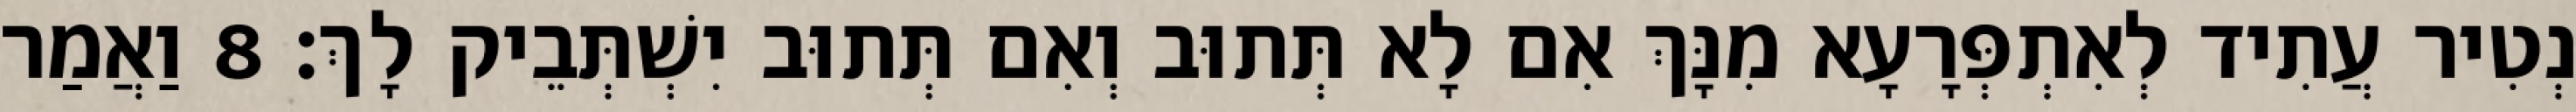
נְטִיר עֲתִיד לְאִתְפְּרָעָא מִנָּךְ אִם לָא תְּתוּב וְאִם תְּתוּב יִשְׁתְּבֵיק לָךְ׃ 8 וַאֲמַר